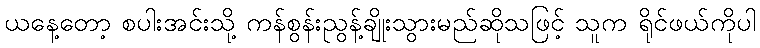
ယနေ့တော့ စပါးအင်းသို့ ကန်စွန်းညွန့်ချိုးသွားမည်ဆိုသဖြင့် သူက ရိုင်ဖယ်ကိုပါ